Annual administration report of the Civil Veterinary Department of India - 1898-1899
Year: 1898
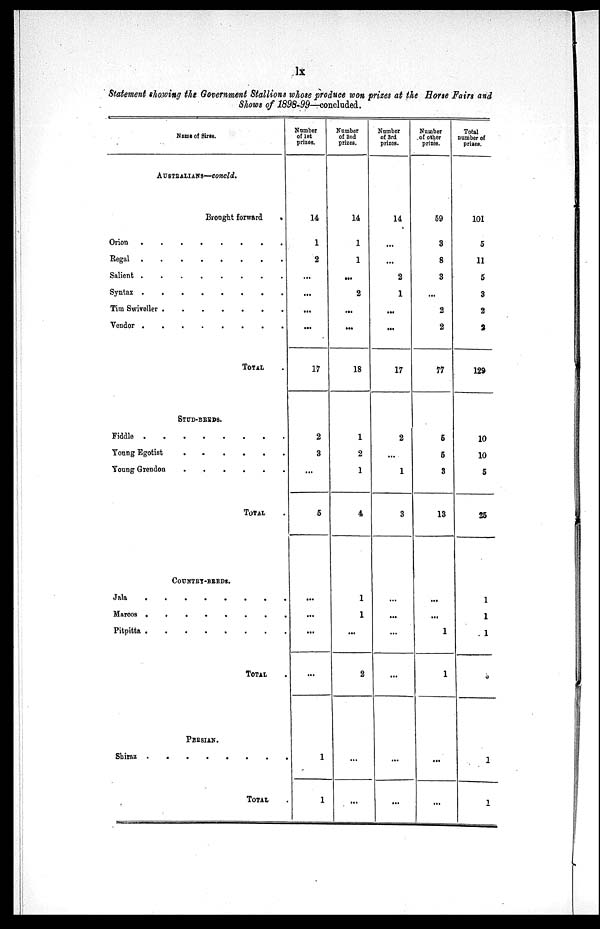
lx
Statement showing the Government Stallions whose produce won prizes at the Horse Fairs and
Shows of 1898-99—concluded.
Name of Sires.
AUSTRALIANS—Concld.
Brought forward .
Orion
.
.
.
.
.
.
.
.
Regal
.
.
.
.
.
.
.
.
Salient
.
.
.
.
.
.
.
.
Syntax
.
.
.
.
.
.
.
.
Tim Swiveller
.
.
.
.
.
.
.
.
Vendor
.
.
.
.
.
.
.
.
TOTAL .
STUD-BREDS.
Fiddle . . . . . . . .
Young Egotist
.
.
.
.
.
.
.
.
Young Grendon . . . . . . . .
TOTAL .
COUNTRY-BREDS.
Jala
.
.
.
.
.
.
.
.
Marcos
.
.
.
.
.
.
.
.
Pitpitta
.
.
.
.
.
.
.
.
TOTAL .
PERSIAN.
Shiraz
.
.
.
.
.
.
.
.
TOTAL .
Number
of 1st
prizes.
14
1
2
...
...
...
...
17
2
3
...
5
...
...
...
...
1
1
Number
of 2nd
prizes.
14
1
1
...
2
...
...
18
1
2
1
4
1
1
...
2
...
...
Number
of 3rd
prizes.
14
...
...
2
1
...
...
17
2
...
1
3
...
...
...
...
...
...
Number
of other
prizes.
59
3
8
3
...
2
2
77
5
5
3
13
...
...
1
1
...
...
Total
number of
prizes.
101
5
11
5
3
2
2
129
10
10
5
25
1
1
1
1
1